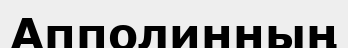
Апполинның